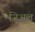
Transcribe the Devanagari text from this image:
जिअल